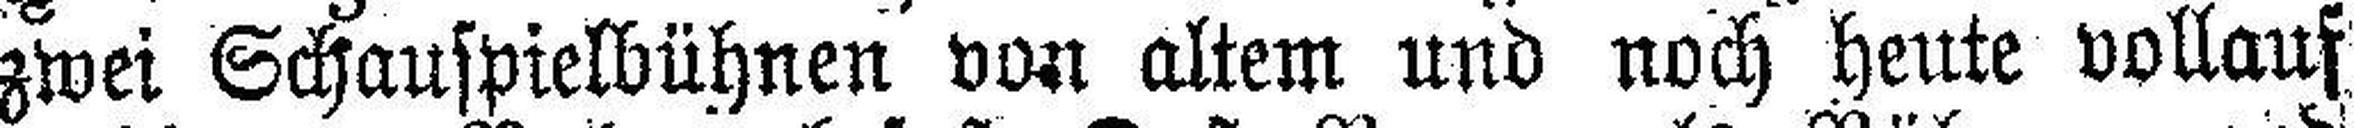
zwei Schauspielbühnen von altem und noch heute vollauf